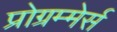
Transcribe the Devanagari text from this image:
प्रोग्रम्मेर्स